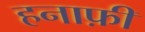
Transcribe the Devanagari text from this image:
हनाफ़ी